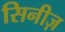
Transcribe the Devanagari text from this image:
सिनीज़